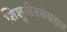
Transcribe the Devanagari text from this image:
शिशुगीतसंग्रहात